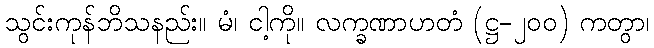
သွင်းကုန်ဘိသနည်း။ မံ၊ ငါ့ကို။ လက္ခဏာဟတံ (ဋ္ဌ-၂၀၀) ကတွာ၊